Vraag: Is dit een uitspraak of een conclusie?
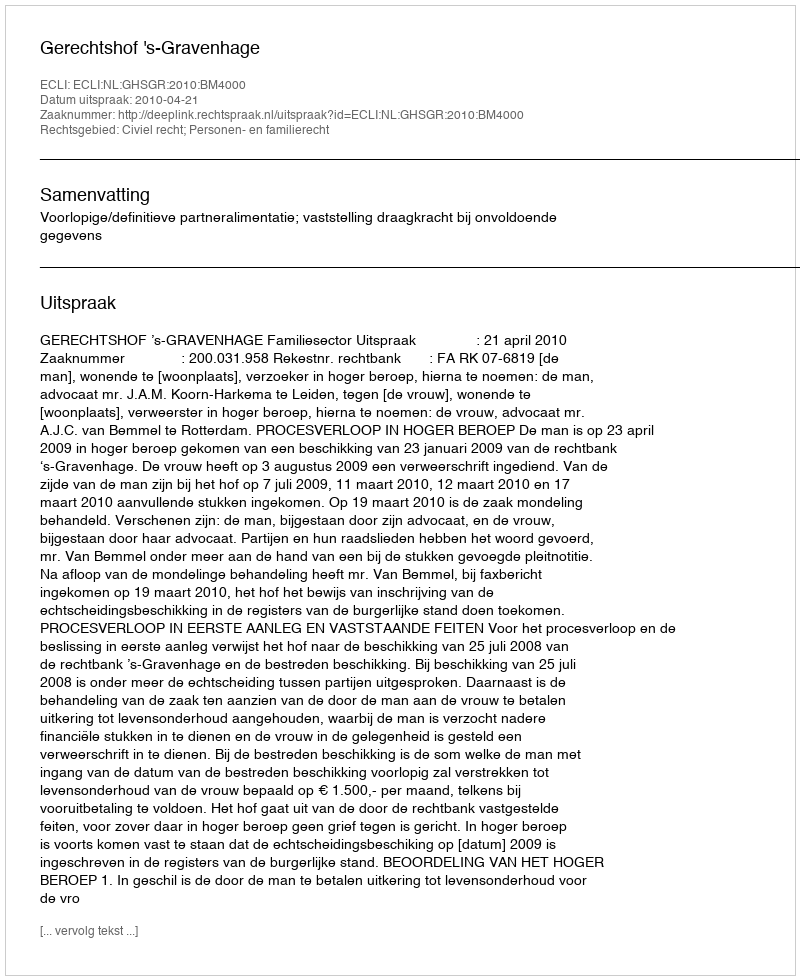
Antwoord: Uitspraak